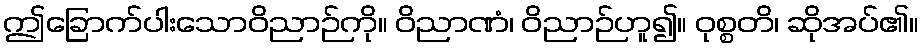
ဤခြောက်ပါးသောဝိညာဉ်ကို။ ဝိညာဏံ၊ ဝိညာဉ်ဟူ၍။ ဝုစ္စတိ၊ ဆိုအပ်၏။